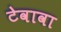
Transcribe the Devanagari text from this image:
टेवावा